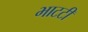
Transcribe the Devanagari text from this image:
भाटटी